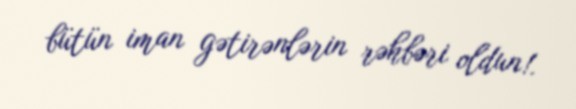
bütün iman gətirənlərin rəhbəri oldun!.